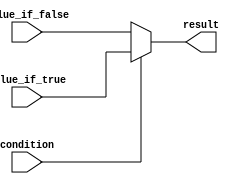
module conditional_assignment (
    input condition,
    input value_if_true,
    input value_if_false,
    output reg result
);

always @(*) begin
    if (condition) begin
        result = value_if_true;
    end else begin
        result = value_if_false;
    end
end

endmodule